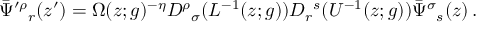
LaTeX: \bar { \Psi } ^ { \prime \rho } { } _ { r } ( z ^ { \prime } ) = \Omega ( z ; g ) ^ { - \eta } D ^ { \rho } { } _ { \sigma } ( L ^ { - 1 } ( z ; g ) ) D _ { r } { } ^ { s } ( U ^ { - 1 } ( z ; g ) ) \bar { \Psi } ^ { \sigma } { } _ { s } ( z ) \, .